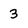
Character: 3